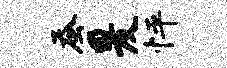
蚕爰怦